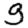
Digit: 9